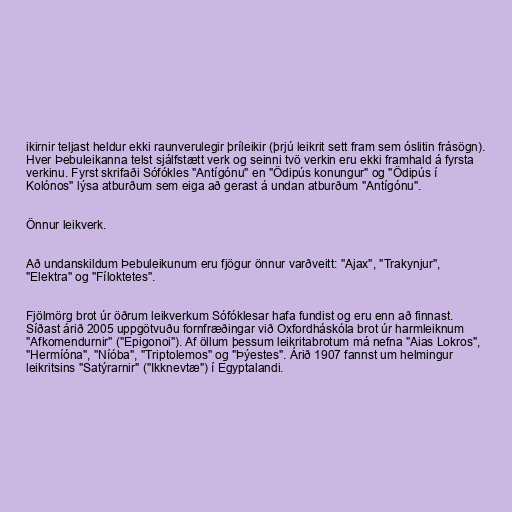
ikirnir teljast heldur ekki raunverulegir þríleikir (þrjú leikrit sett fram sem óslitin frásögn).
Hver Þebuleikanna telst sjálfstætt verk og seinni tvö verkin eru ekki framhald á fyrsta
verkinu. Fyrst skrifaði Sófókles "Antígónu" en "Ödipús konungur" og "Ödipús í
Kolónos" lýsa atburðum sem eiga að gerast á undan atburðum "Antígónu".

Önnur leikverk.

Að undanskildum Þebuleikunum eru fjögur önnur varðveitt: "Ajax", "Trakynjur",
"Elektra" og "Fíloktetes".

Fjölmörg brot úr öðrum leikverkum Sófóklesar hafa fundist og eru enn að finnast.
Síðast árið 2005 uppgötvuðu fornfræðingar við Oxfordháskóla brot úr harmleiknum
"Afkomendurnir" ("Epigonoi"). Af öllum þessum leikritabrotum má nefna "Aias Lokros",
"Hermíóna", "Níóba", "Triptolemos" og "Þýestes". Árið 1907 fannst um helmingur
leikritsins "Satýrarnir" ("Ikknevtæ") í Egyptalandi.